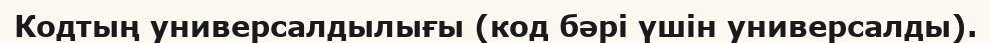
Кодтың универсалдылығы (код бәрi үшiн универсалды).